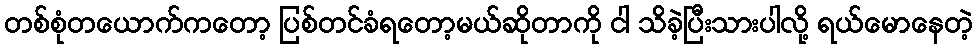
တစ်စုံတယောက်ကတော့ ပြစ်တင်ခံရတော့မယ်ဆိုတာကို ငါ သိခဲ့ပြီးသားပါလို့ ရယ်မောနေတဲ့